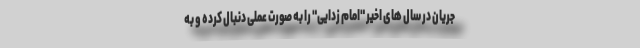
جریان در سال های اخیر "امام زدایی" را به صورت عملی دنبال کرده و به